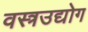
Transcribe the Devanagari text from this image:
वस्त्रउद्योग